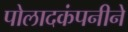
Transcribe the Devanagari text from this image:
पोलादकंपनीने